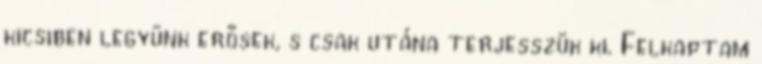
kicsiben legyünk erősek, s csak utána terjesszük ki. Felkaptam